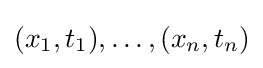
(x_{1},t_{1}),\ldots ,(x_{n},t_{n})